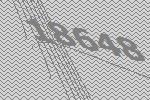
18648